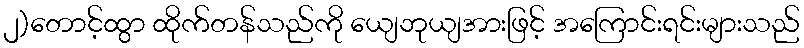
၂)တောင့်ထွာ ထိုက်တန်သည်ကို ယျေဘုယျအားဖြင့် အကြောင်းရင်းများသည်